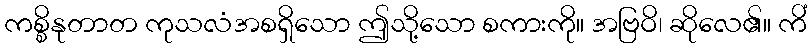
ကစ္စိနုတာတ ကုသလံအစရှိသော ဤသို့သော စကားကို။ အဗြဝိ၊ ဆိုလေ၏။ ကိံ